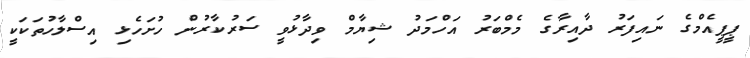
ޕީޕީއެމްގެ ނައިފަރު ދާއިރާގެ މެމްބަރު އަހްމަދު ޝިޔާމް ވިދާޅުވީ ސަރުކާރުން ހުށަހެޅި އިސްލާހުތަކަކީ